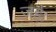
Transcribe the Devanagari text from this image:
जहै।